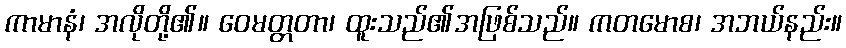
ကာမာနံ၊ အလိုတို့၏။ ဝေမတ္တတာ၊ ထူးသည်၏အဖြစ်သည်။ ကတမောစ၊ အဘယ်နည်း။